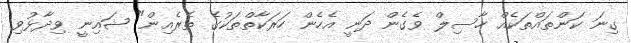
ގިނަ ކަންތައްތަކެއް ހާސިލް ވެގެން ދަނީ އެހެން ހަރަކާތްތަކުގެ ތެރެއިން" ޝައިނީ ވިދާޅުވި